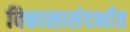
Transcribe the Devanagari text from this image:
विकासासंदर्भात